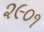
૨૯૦૧